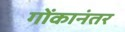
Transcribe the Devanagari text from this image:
गोंकानंतर